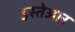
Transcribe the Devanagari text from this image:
इस्तेआर